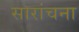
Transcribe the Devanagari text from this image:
सारांचना